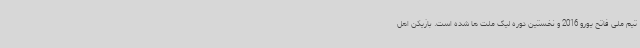
تیم ملی فاتح یورو 2016 و نخستین دوره لیگ ملت ها شده است. بازیکن اهل